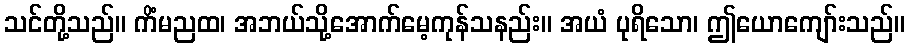
သင်တို့သည်။ ကိံမညထ၊ အဘယ်သို့အောက်မေ့ကုန်သနည်း။ အယံ ပုရိသော၊ ဤယောကျော်းသည်။